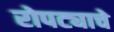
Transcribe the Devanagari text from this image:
रोपट्याचे